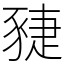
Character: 䝊